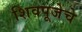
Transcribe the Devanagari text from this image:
शिवपूजेचे